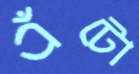
এঁটো